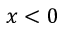
x < 0